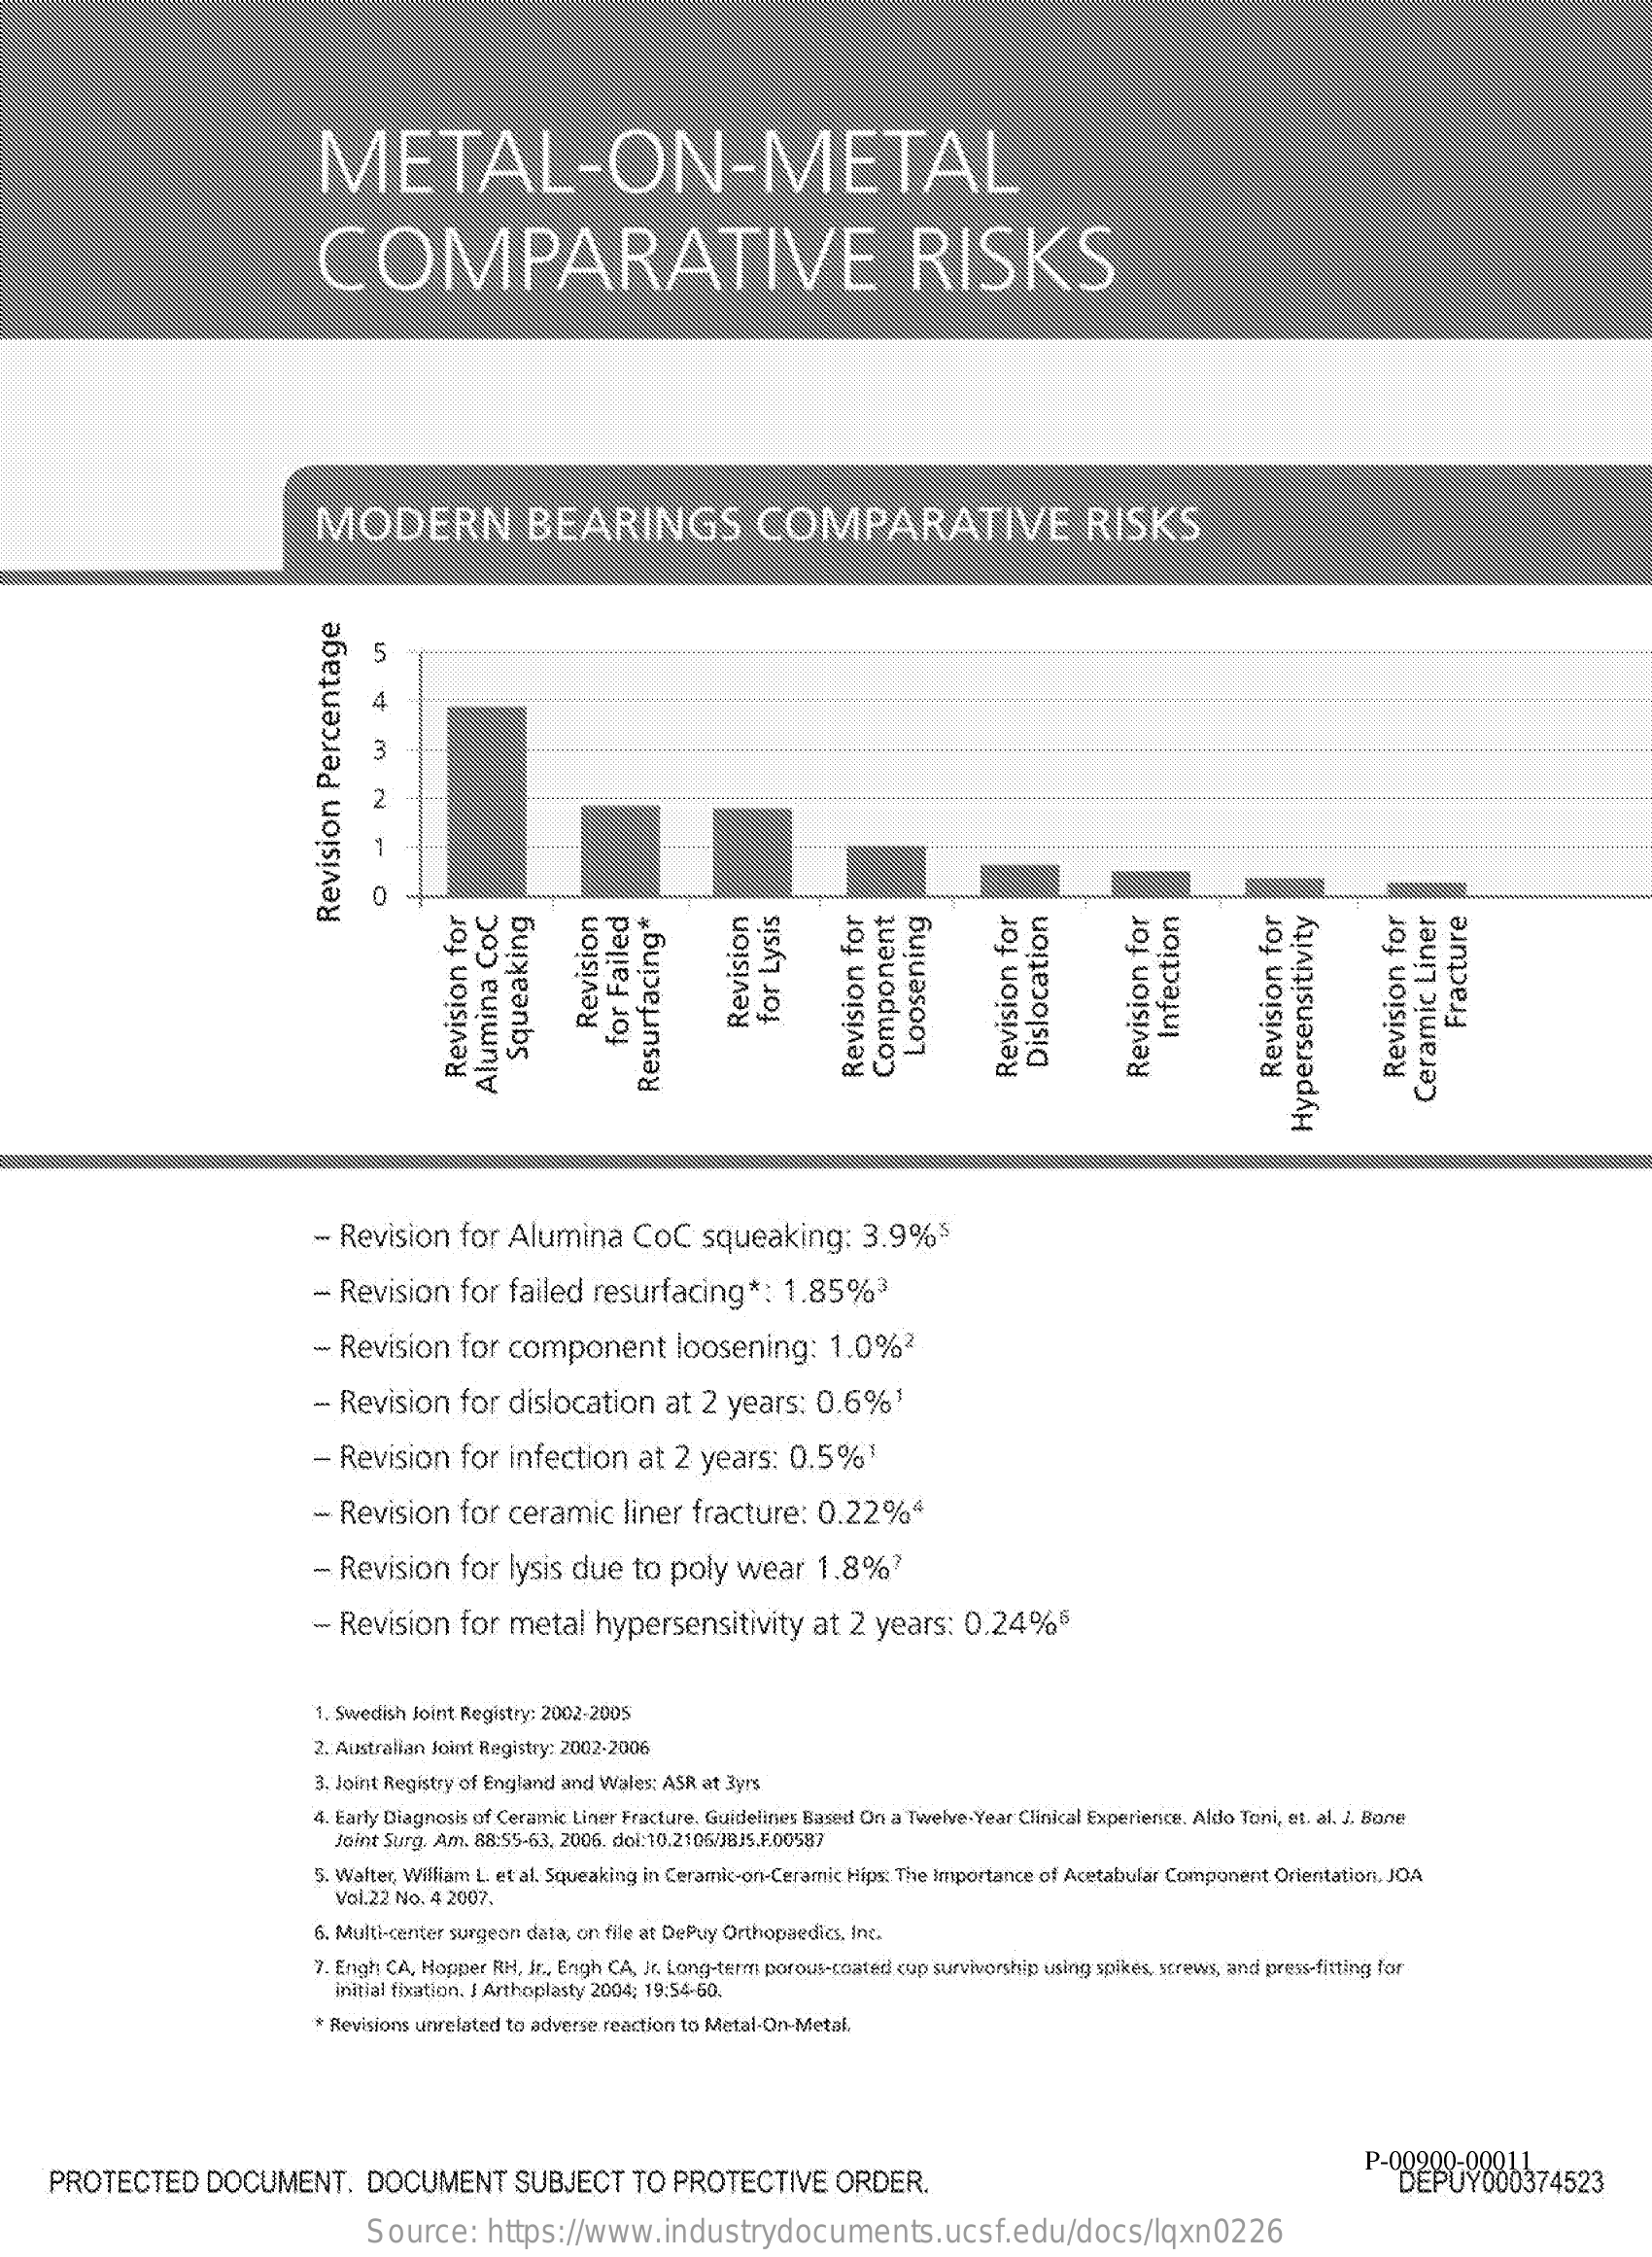
METAL-ON-METAL
     COMPARATIVE    RISKS
     MODERN    BEARINGS    COMPARATIVE    RISKS
     5
     4
     13
     2
     0
     Revision
     Percentage
     for
     Lysis Revision    Fracture Revision Infection
     for
     Failed    Loosening Squeaking Dislocation    Revision
     for
     Revision
     for
     Component    Revision
     for
     Revision
     for
     Revision
     for
     Revision
     for
     Resurfacing* Alumina
     CoC
     Ceramic
     Liner
     Hypersensitivity
     - Revision    for  Alumina    CoC    squeaking:    3.9%5
     - Revision    for  failed  resurfacing    *: 1.85%3
     - Revision    for  component    loosening:    1.0%2
     - Revision    for  dislocation    at  2 years:   0.6%!
     - Revision    for  infection    at 2  years:   0.5%1
     - Revision    for  ceramic    liner  fracture:   0.22%ª
     - Revision    for  lysis due   to  poly  wear    1.8%?
     - Revision    for  metal   hypersensitivity    at  2 years:   0.24%5
     1. Swedish Joint Registry: 2002-2005
     2. Australian Joint Registry: 2002-2006
     3. Joint Registry of England and Wales: ASR at 3yrs
     4. Early Diagnosis of Ceramic Liner Fracture. Guidelines Based On a Twelve-Year Clinical Experience, Aldo Toni, et. al. J. Bone
     Joint Surg. Am. 88:55-63, 2006. doi:10.2106/38JS.F.00587
     5. Walter, William L. et al. Squeaking in Ceramic-on-Ceramic Hips: The Importance of Acetabular Component Orientation. JOA
     Vol.22 No, 4 2007,
     6. Multi-center surgeon data, on file at DePuy Orthopaedics, Inc.
     7. Engh CA, Hopper RH, Jr ., Engh CA, In Long-term porous-coated cup survivorship using spikes, strews, and press-fitting for
     initial fixation. I Arthoplasty 2004; 19:54-60,
     * Revisions unrelated to adverse reaction to Metal-On-Metal.
     PROTECTED    DOCUMENT.    DOCUMENT    SUBJECT    TO  PROTECTIVE    ORDER.    P-08209- DEPUY000374523
     Source:    https://www.industrydocuments.ucsf.edu/docs/lqxn0226